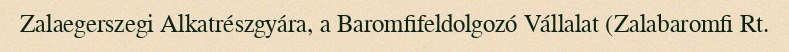
Zalaegerszegi Alkatrészgyára, a Baromfifeldolgozó Vállalat (Zalabaromfi Rt.